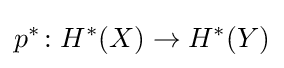
p^{*}\colon H^{*}(X)\rightarrow H^{*}(Y)